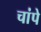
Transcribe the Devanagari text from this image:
चांपे